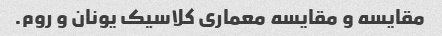
مقایسه و مقایسه معماری کلاسیک یونان و روم.